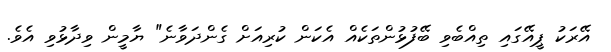
އޭރަކު ޕީއޭގައި ތިއްބެވި ބޭފުޅުންތަކެއް އެކަން ކުރިއަށް ގެންދަވާނެ" ޔާމީން ވިދާޅުވި އެވެ.